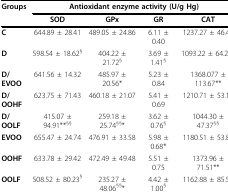
<table><thead><tr><td><b>Groups</b></td><td colspan="4"><b>Antioxidant enzyme activity (U/g Hg)</b></td></tr><tr><td>[EMPTY_CELL]</td><td><b>SOD</b></td><td><b>GPx</b></td><td><b>GR</b></td><td><b>CAT</b></td></tr></thead><tbody><tr><td><b>C</b></td><td>644.89 ± 28.41</td><td>489.05 ± 24.86</td><td>6.11 ± 0.40</td><td>1237.27 ± 46.48</td></tr><tr><td><b>D</b></td><td>598.54 ± 18.62<sup>§</sup></td><td>404.22 ± 21.72<sup>§</sup></td><td>3.69 ± 1.41<sup>§</sup></td><td>1093.22 ± 64.20<sup>§</sup></td></tr><tr><td><b>D/EVOO</b></td><td>641.56 ± 14.32</td><td>485.97 ± 20.56*</td><td>5.23 ± 0.84</td><td>1368.077 ± 113.67**</td></tr><tr><td><b>D/OOHF</b></td><td>623.75 ± 71.43</td><td>460.18 ± 21.07</td><td>5.41 ± 0.69</td><td>1210.71 ± 53.11</td></tr><tr><td><b>D/OOLF</b></td><td>415.07 ± 94.91**<sup>§§</sup></td><td>259.18 ± 25.74<sup>§§</sup>*</td><td>3.62 ± 0.76<sup>§</sup></td><td>1044.30 ± 47.37<sup>§§</sup></td></tr><tr><td><b>EVOO</b></td><td>655.47 ± 24.74</td><td>476.91 ± 33.58</td><td>5.98 ± 0.68*</td><td>1180.51 ± 53.82</td></tr><tr><td><b>OOHF</b></td><td>633.78 ± 29.42</td><td>472.49 ± 49.48</td><td>5.51 ± 0.75</td><td>1373.96 ± 71.51**</td></tr><tr><td><b>OOLF</b></td><td>508.52 ± 80.23<sup>§</sup></td><td>235.27 ± 48.06<sup>§§</sup>*</td><td>4.42 ± 1.00<sup>§</sup></td><td>1162.88 ± 85.58</td></tr></tbody></table>